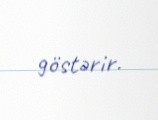
göstərir.